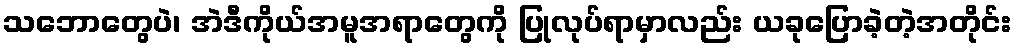
သဘောတွေပဲ၊ အဲဒီကိုယ်အမူအရာတွေကို ပြုလုပ်ရာမှာလည်း ယခုပြောခဲ့တဲ့အတိုင်း